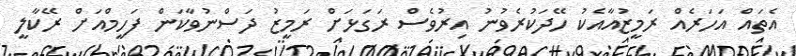
އެތައް އަހަރެއް ރަމީޒުއާއެކު ހޭދަކުރެވުނު އިރުވެސް ރަގަޅަށް ރަމީޒު ދަސްނުވާކަން ފަހީމްއަށް ރޭކާލީ